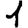
Digit: 1